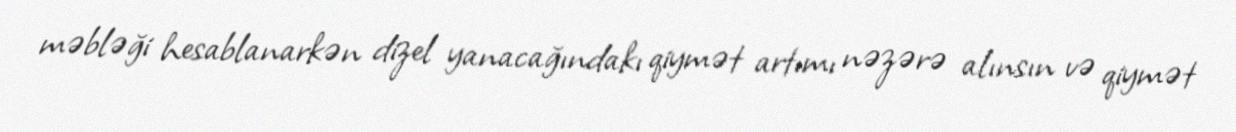
məbləği hesablanarkən dizel yanacağındakı qiymət artımı nəzərə alınsın və qiymət